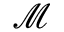
\mathcal { M }